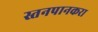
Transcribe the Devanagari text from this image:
स्तनपानकरा